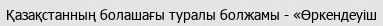
Қазақстанның болашағы туралы болжамы - «Өркендеуіш